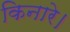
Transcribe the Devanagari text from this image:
किनारे।